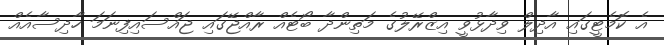
އެ ކޮމެޓީގައި އާދިލް ވިދާޅުވީ އިޒްރޭލުގެ މަތިންދާ ބޯޓެއް ރާއްޖޭގައި ޖައްސައިފިނަމަ ހާދިސާއެއް